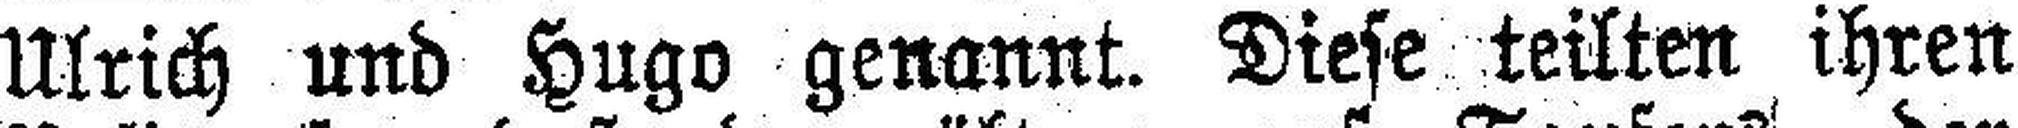
Ulrich und Hugo genannt. Diese teilten ihren